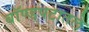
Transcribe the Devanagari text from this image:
बॉण्डपटातले